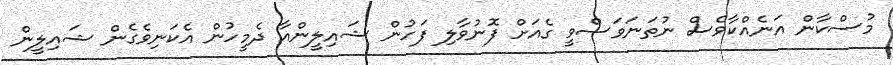
މުސްކާން އަނެއްކާވެސް ނުތަނަވަސްވީ ގެއަށް ފޮނުވާލި ފަހުން ޝައިލީންއާ ދެމީހުން އެކަނިވެގެން ޝައިލީން